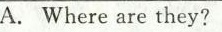
A.Where are they?